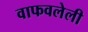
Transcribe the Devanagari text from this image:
वाफवलेली